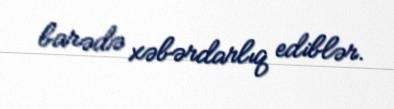
barədə xəbərdarlıq ediblər.